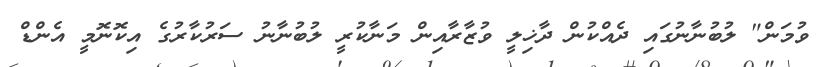
ވުމަން" ލުބުނާނުގައި ދެއްކުން ދާޚިލީ ވުޒާރާއިން މަނާކުރީ ލުބުނާނު ސަރުކާރުގެ އިކޮނޮމީ އެންޑް